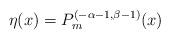
LaTeX: \begin{align*}\eta(x) = P_m^{(-\alpha-1,\beta-1)}(x)\end{align*}